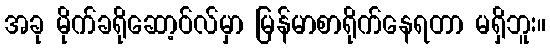
အခု မိုက်ခရိုဆော့ဝ်လ်မှာ မြန်မာစာရိုက်နေရတာ မရှိဘူး။